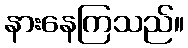
နားနေကြသည်။